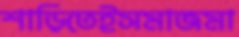
শাড়িতেইসমাজমা